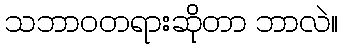
သဘာဝတရားဆိုတာ ဘာလဲ။